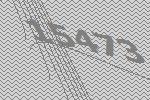
15473